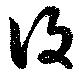
復